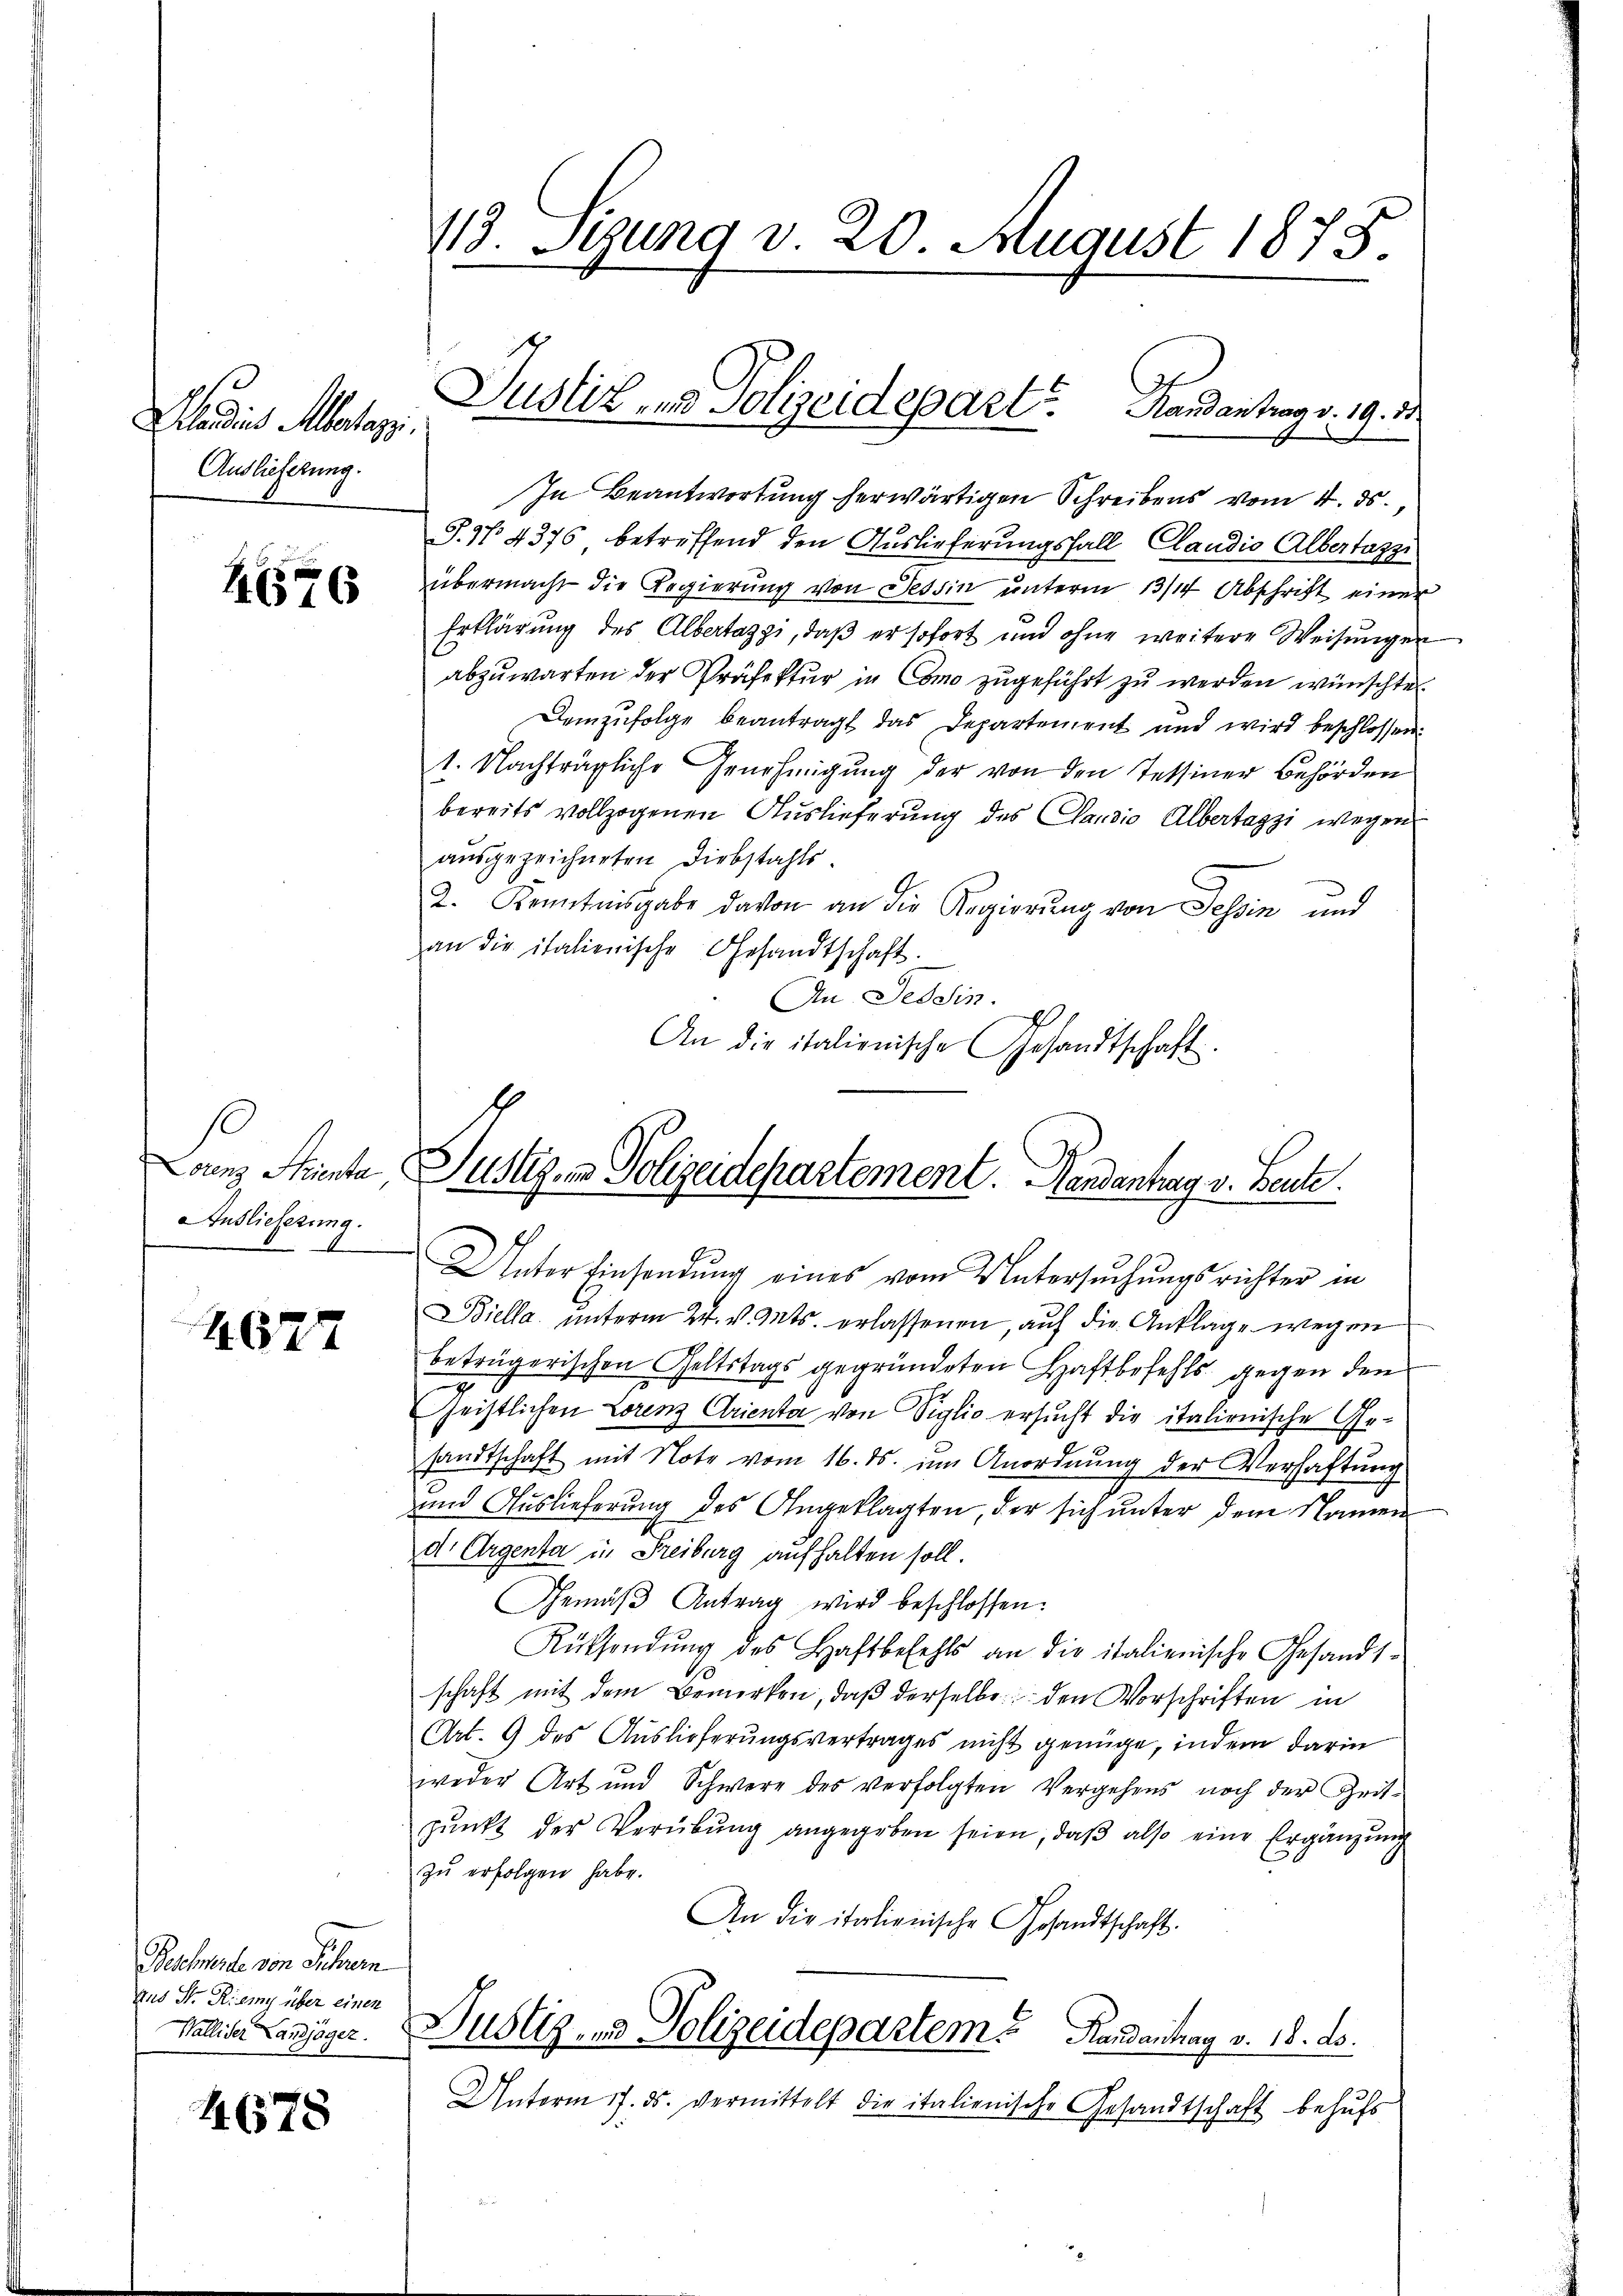
lains Albertag.
Auslieferung.

4676

10
Auslieferung.

1677

Buchwerde von Schner
aus St. Riemy über einen
Walliser Landjäger.

4678

113. Stund v. 20. August 1875.

Justiz und Polizeidepart. Handentrag v. 19. 28.

In Beantwortung herwärtigen Schreibens vom 4. ds.
T. N. 4376 betreffend den Auslieferungsfall Claudio Albertazzi
übermacht die Regierung von Tessin unterm 13/14 Abschrift einer
Erklärung des Albertazzi, daß er sofort und ohne weitere Weisungen
abzuwarten der Präfektur in Como zugeführt zu werden wünschte.
Demzufolge beantragt das Departement und wird beschlossen:
1. Nachträgliche Genehmigung der von den Tessiner Behörden
bereits vollzogenen Auslieferung des Candio Albertagzi wegen
ausgezeichneten Diebstahls.
2. Kenntnisgabe davon an die Regierung von Tessin und
an die italienische Gesandtschaft.
An Tessin.
An die italienische Gesandtschaft

Lorenz Strienta Justiz- & Polizeidepartement. Handenhag v. Beute
Unter Einsendŭng eines vom Untersŭchŭngsrichter in

Biella. ŭnterm 24. v. Mts. erlassenen, auf die Anklage wegen
beträgerischen Geltstags gegründeten Haftbefehls gegen den
Geistlichen Lorenz Arienta von Siglio ersucht die italienische Gesandtschaft mit Note vom 16. ds. um Anordnung der Verhaftung
und Auslieferung des Angeklagten, der sich unter dem Namen
d. Argenta in Freiburg aufhalten soll.
Gemäβ Antrag wird beschlossen:
Rüksendŭng des Haftbefehls an die italienische Gesandt-
schaft mit dem Bemerken, daß derselbe den Vorschriften in
Art. 9 des Auslieferungsvertrages nicht genüge, indem darin
weder Art und Schwere des verfolgten Vergehens noch der Zeitpŭnkt der Verübŭng angegeben seien, daβ also eine Ergänzŭng
zu erfolgen habe.
An die italienische Gesandtschaft.
Justiz- und Polizeidepartem Randantrag v. 18. d.
Unterm 17. ds. vermittelt die italienische Gesandtschaft behufs